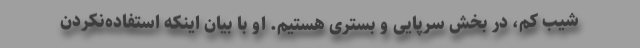
شیب کم، در بخش سرپایی و بستری هستیم. او با بیان اینکه استفاده‌نکردن